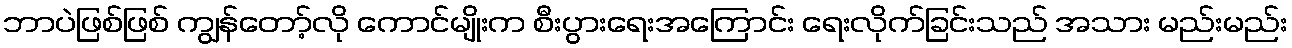
ဘာပဲဖြစ်ဖြစ် ကျွန်တော့်လို ကောင်မျိုးက စီးပွားရေးအကြောင်း ရေးလိုက်ခြင်းသည် အသား မည်းမည်း